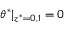
\theta ^ { * } | _ { z ^ { * } = 0 , 1 } = 0